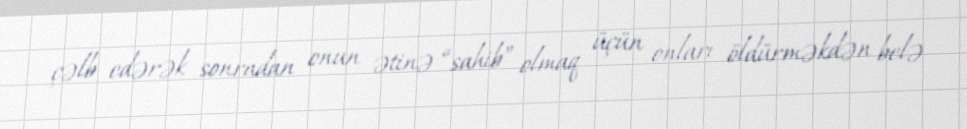
çəlb edərək sonradan onun ətinə “sahib” olmaq üçün onları öldürməkdən belə